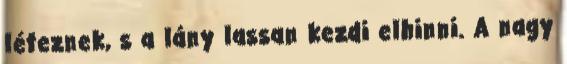
léteznek, s a lány lassan kezdi elhinni. A nagy